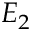
E _ { 2 }